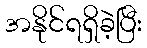
အနိုင်ရရှိခဲ့ပြီး